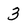
Character: 3